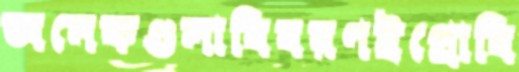
অনেকগুলাবিবরণইপ্রোবি